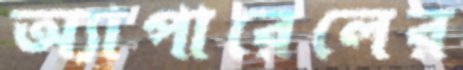
অ্যাপারেলের